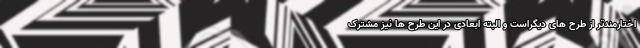
اختارمندتر از طرح های دیگراست و البته ابعادی در این طرح ها نیز مشترک